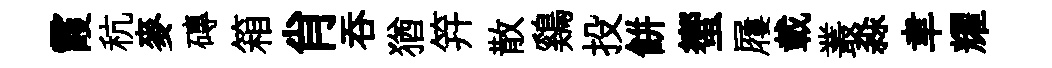
霞秔麥磚箱肖呑猶笄散鷄投餅蠁屨載叢淼聿耀